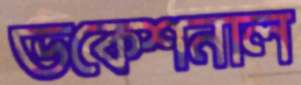
ভকেশনাল